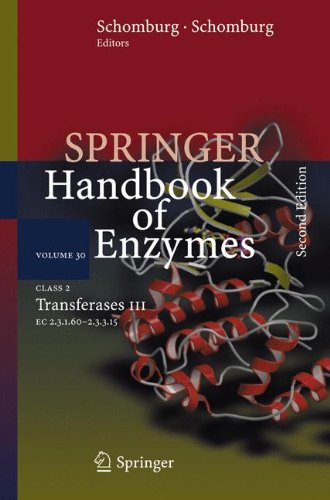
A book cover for Class 2 Transferases III: EC 2.3.1.60 - 2.3.3.15 (Springer Handbook of Enzymes); Medical Books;